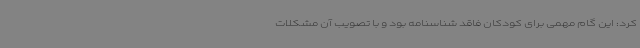
کرد: این گام مهمی برای کودکان فاقد شناسنامه بود و با تصویب آن مشکلات